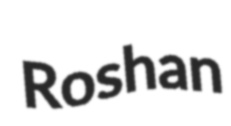
Roshan